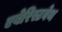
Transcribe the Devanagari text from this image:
एबेरिस्टवेथ